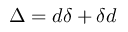
\Delta = d \delta + \delta d